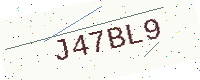
Text: J47BL9